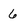
Character: 6